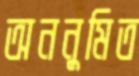
অননুমিত